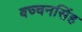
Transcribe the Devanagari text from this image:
बच्चनसिंह